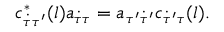
c _ { \dot { \tau } \tau ^ { \prime } } ^ { * } ( l ) a _ { \dot { \tau } \tau } = a _ { \tau ^ { \prime } \dot { \tau } ^ { \prime } } c _ { \dot { \tau } ^ { \prime } \tau } ( l ) .